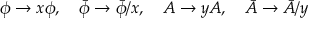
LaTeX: \phi \rightarrow x \phi , \quad \bar { \phi } \rightarrow \bar { \phi } / x , \quad A \rightarrow y A , \quad \bar { A } \rightarrow \bar { A } / y